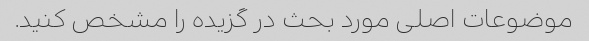
موضوعات اصلی مورد بحث در گزیده را مشخص کنید.